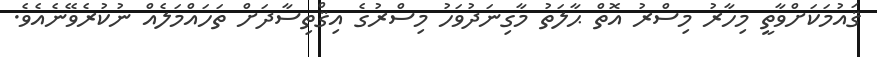
ޤައުމަކަށްވާތީ މިހާރު މިސްރު އޮތް ޙާލަތު މާގިނަދުވަހު މިސްރުގެ އިޤްތިސާދަށް ތަހައްމަލެއް ނުކުރެވޭނެއެވެ.